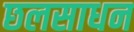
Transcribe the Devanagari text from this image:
छलसाधन